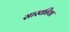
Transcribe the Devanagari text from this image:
सास्कीया